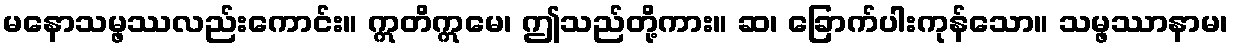
မနောသမ္ဖဿလည်းကောင်း။ ဣတိဣမေ၊ ဤသည်တို့ကား။ ဆ၊ ခြောက်ပါးကုန်သော။ သမ္ဖဿာနာမ၊